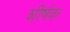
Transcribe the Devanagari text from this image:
शीर्षक